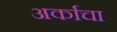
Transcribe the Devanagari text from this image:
अर्काचा